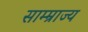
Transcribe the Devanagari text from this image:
साम्म्राज्य